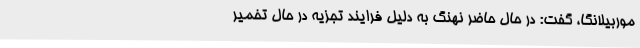
موربیلانگا، گفت: در حال حاضر نهنگ به دلیل فرایند تجزیه در حال تخمیر